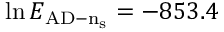
\ln E _ { \mathrm { A D - n _ { \mathrm { s } } } } = - 8 5 3 . 4